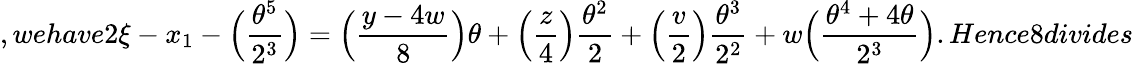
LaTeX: ,wehave2\xi-x_{1}-\Big(\frac{\theta^{5}}{2^{3}}\Big)=\Big(\frac{y-4w}{8}\Big)\theta+\Big(\frac{z}{4}\Big)\frac{\theta^{2}}{2}+\Big(\frac{v}{2}\Big)\frac{\theta^{3}}{2^{2}}+w\Big(\frac{\theta^{4}+4\theta}{2^{3}}\Big).Hence8divides